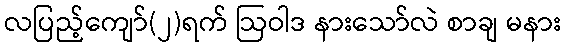
လပြည့်ကျော်(၂)ရက် ဩဝါဒ နားသော်လဲ စာချ မနား